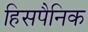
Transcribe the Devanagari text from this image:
हिसपैनिक